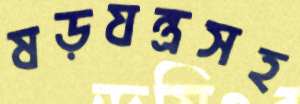
ষড়যন্ত্রসহ